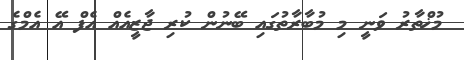
މުޚްތާރު ވަނީ މި މުބާރާތުގައި ބޭނުން ކުރި ޖާޒީއެއް އެފް އޭ އެމްގެ